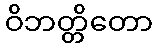
ဝိဘတ္တိတော